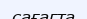
сағагта